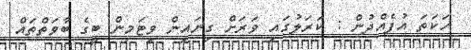
ހަކަތަ އުފެއްދުން : ކަރަލުގައި ވަރަށް ގިނައިން ވިޓަމިން ބީގެ ބާވަތްތައް